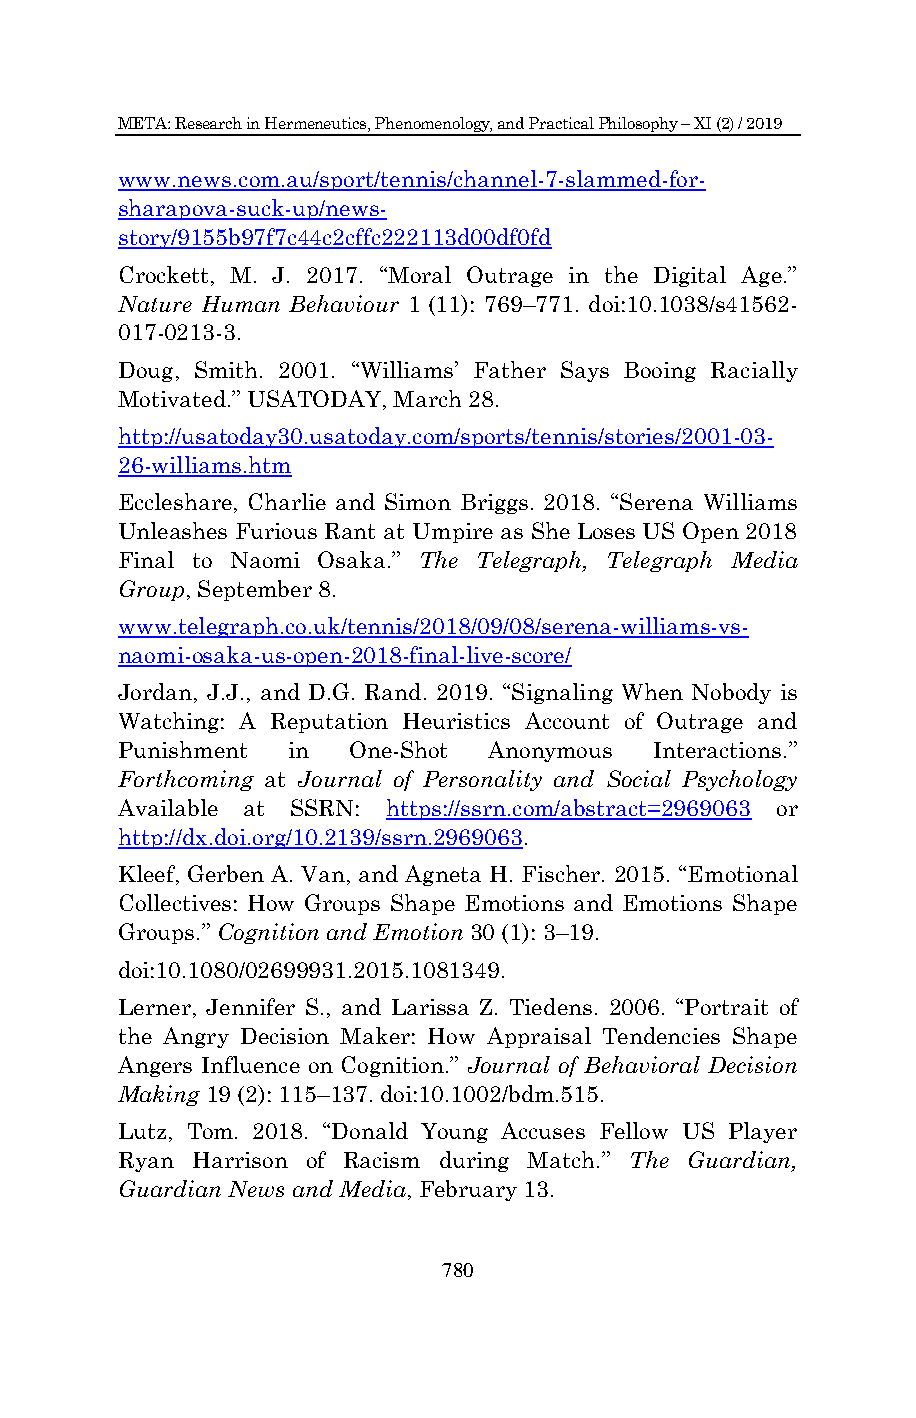
META: Research in Hermeneutics, Phenomenology, and Practical Philosophy – XI (2) / 2019
 www.news.com.au/sport/tennis/channel-7-slammed-for-
 sharapova-suck-up/news-
 story/9155b97f7c44c2cffc222113d00df0fd
 Crockett, M. J. 2017. “Moral Outrage in the Digital Age.”
 Nature Human Behaviour 1 (11): 769–771. doi:10.1038/s41562-
 017-0213-3.
 Doug, Smith. 2001. “Williams‟ Father Says Booing Racially
 Motivated.” USATODAY, March 28.
 http://usatoday30.usatoday.com/sports/tennis/stories/2001-03-
 26-williams.htm
 Eccleshare, Charlie and Simon Briggs. 2018. “Serena Williams
 Unleashes Furious Rant at Umpire as She Loses US Open 2018
 Final to Naomi Osaka.” The Telegraph, Telegraph Media
 Group, September 8.
 www.telegraph.co.uk/tennis/2018/09/08/serena-williams-vs-
 naomi-osaka-us-open-2018-final-live-score/
 Jordan, J.J., and D.G. Rand. 2019. “Signaling When Nobody is
 Watching: A Reputation Heuristics Account of Outrage and
 Punishment in  One-Shot Anonymous  Interactions.”
 Forthcoming at Journal of Personality and Social Psychology
 Available at SSRN: https://ssrn.com/abstract=2969063 or
 http://dx.doi.org/10.2139/ssrn.2969063.
 Kleef, Gerben A. Van, and Agneta H. Fischer. 2015. “Emotional
 Collectives: How Groups Shape Emotions and Emotions Shape
 Groups.” Cognition and Emotion 30 (1): 3–19.
 doi:10.1080/02699931.2015.1081349.
 Lerner, Jennifer S., and Larissa Z. Tiedens. 2006. “Portrait of
 the Angry Decision Maker: How Appraisal Tendencies Shape
 Angers Influence on Cognition.” Journal of Behavioral Decision
 Making 19 (2): 115–137. doi:10.1002/bdm.515.
 Lutz, Tom. 2018. “Donald Young Accuses Fellow US Player
 Ryan Harrison of Racism during Match.” The Guardian,
 Guardian News and Media, February 13.
 780